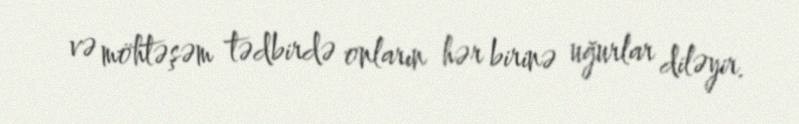
və möhtəşəm tədbirdə onların hər birinə uğurlar diləyir.